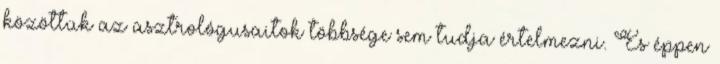
közöttük az asztrológusaitok többsége sem tudja értelmezni. És éppen